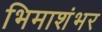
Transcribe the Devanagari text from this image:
भिमाशंभर